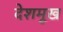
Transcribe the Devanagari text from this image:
देशमूख